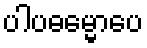
ပါပဓမ္မောပေ